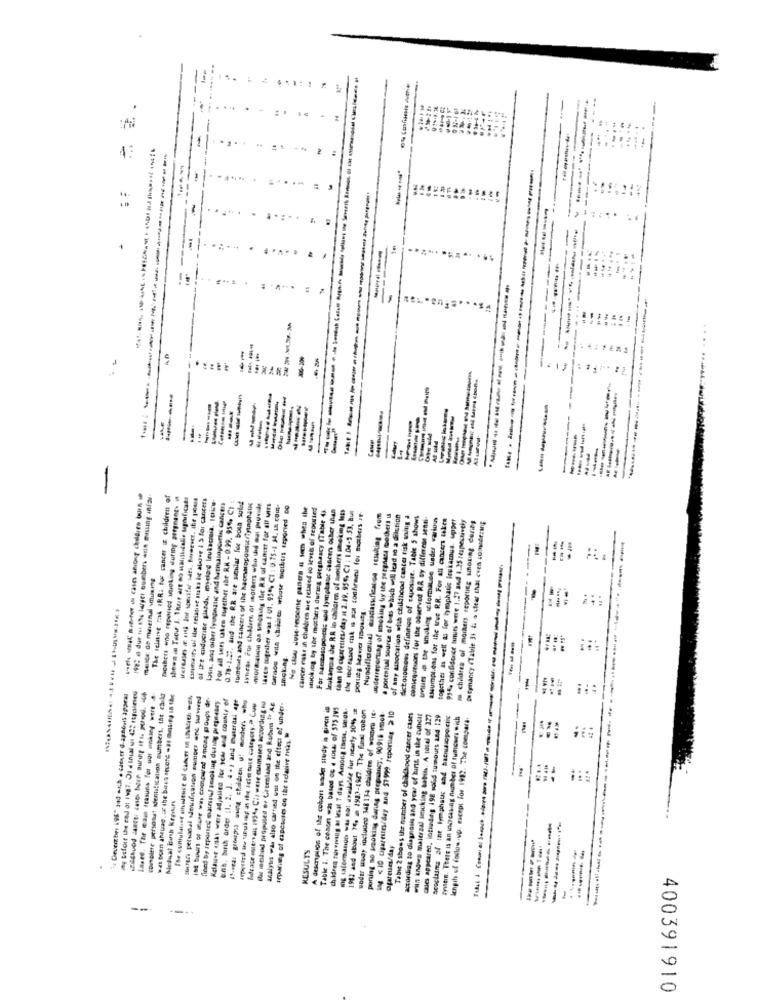
-----
---
. .
---------
1
..
----
be
+
--
------
-----
---
- --
---
--
Aluarval
----
19%: a due to the larger cumbers ante missing infar
The sclare mak (RR; for cancer is children of
Beiber wo repericd Museking during pregnancy
shown al Teoir I. There are no mandicalle sapificaer
lasıs. and older lyonphatic and hatmasogcerin cancers
For all sers uten ougether abe R.K - 0.99. 95%. CE
0.78-1.27. and the RR are similar fue boun sulut
tumeuts and cancers of the haceropounitflyingning
Syleras. For childers of others who this out provide
nord-alapa os smoking ilic R.R of canet for alf wirs
No duy Jose response paners al som when the
cancer rake in children are related to levels of reported
stoking by the masters during pergnaacy (Table 43.
For nacicasopoveris and lymplate cancers osber thian
Jeukano a de RR in chiloren of Brothers smoking less
than 10 cigarettes/day at 2.39. 95%, CI : 1.04-5.53, But
Nuodificonsul eisclasificados resulting from
underreporag of micking by the pergnera mother! us
a potential source of bits which ME lead to a dilution
of any association with childhood cancer risk sing a
dictosomoss definition of caposist. Table 5 shows
comicquesors for the observed RR sy differeor send
assumptions for the true RR. For all cancers taken
93% confidence hunurs were 1.27 and 1.25 respectively
m childres of morten reporting sinoning ceres
together as well as for lymphatic irskamus. uppet
Detgnancy (Table 31 & a clear chal even conside:WIE
-
melts: de maiermal imusing
porues Meand Tous.
Lased. The cam trasuns for uor ankary wert #
complete persotut identification numbers, the child
10 bows or Kor w. compand among groups de-
urb. burch order (1. 2. J. 4 . ) and materaal ape
--- --- -- -
hidrace solervais 1954. Ci, wese cuimased according eu
ibe inbed propused or Greenland and kubums " A.c
analysis was also carried out on the effect of under-
A description of the cohort wader study is given
Table 1. The conon was based on . tous of $15 395
children surviving at least 7 days. Among thek. MEGk.
1982 and about 74, = 1983-4527. The Geal cobon
woder wudy includes 348 134 children of womes
porsiag so smoking danes pregnancy, 90918 smok
ing <10 cigarettes/day and 57999 repersieg >10
Tabie 2 shows the number of childhood cancer cases
according to diagnosis and year of burtt in the zubest
wiln knows malerzal imcking satin. A total of 327
ades appeared, loting 198 so64 tumours and 129
fylltin. There is an increasing nonbes of tumeurs wish
length of follow-up. except For 1982. The compara.
irparung of cactuses on the seasive mas
Medual Barsh Krevins
ofrese/day
RESULTS
1
--
400391910